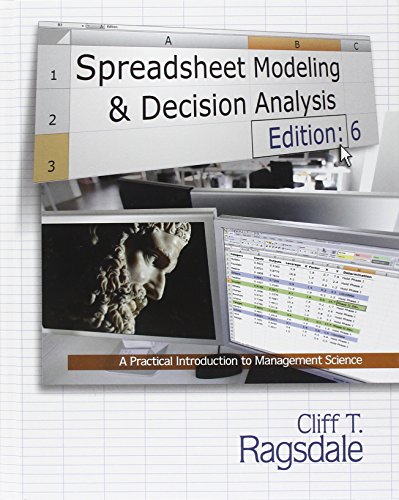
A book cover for Spreadsheet Modeling & Decision Analysis: A Practical Introduction to Management Science (with Essential Resources Printed Access Card); Cliff Ragsdale; Business & Money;